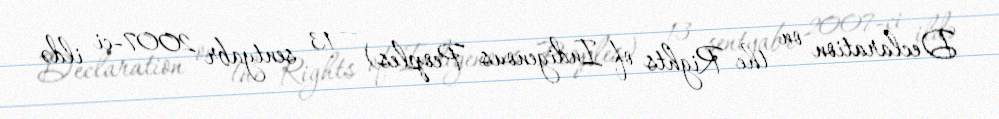
Declaration on the Rights of Indigenous Peoples) — 13 sentyabr 2007-ci ildə